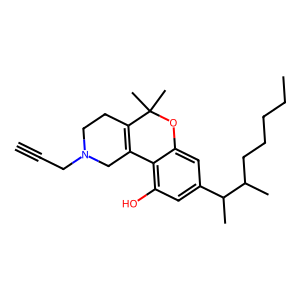
SMILES: C#CCN1CCC2=C(C1)c1c(O)cc(C(C)C(C)CCCCC)cc1OC2(C)C
Inhibits HIV replication: No